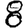
Digit: 8